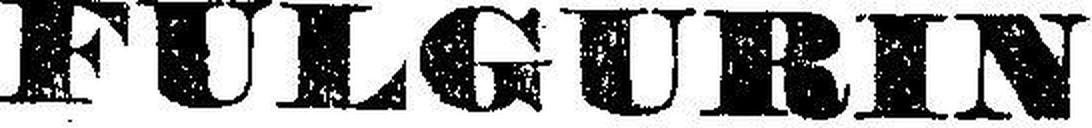
FULGURIN